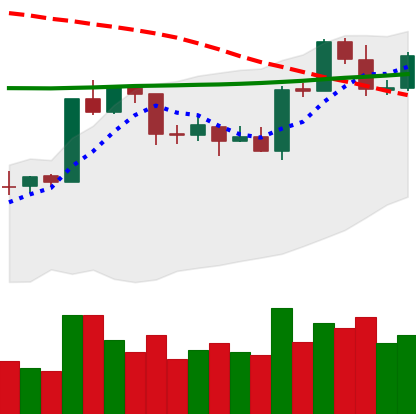
Ticker: ETH-USD
Chart end date: 2020-04-22
Forward return: 8.009%
Label: up_7plus